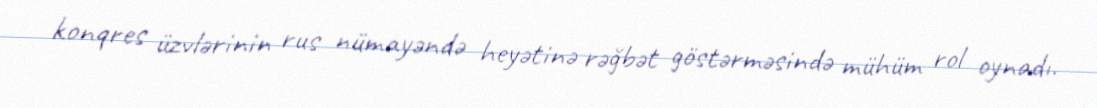
konqres üzvlərinin rus nümayəndə heyətinə rəğbət göstərməsində mühüm rol oynadı.